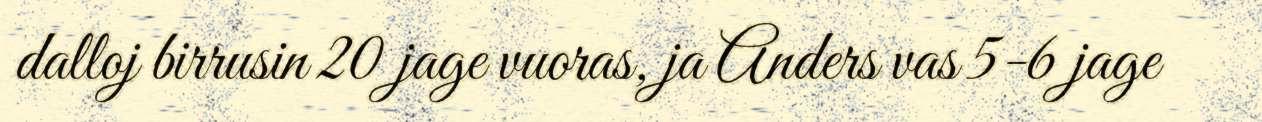
dalloj birrusin 20 jage vuoras, ja Anders vas 5-6 jage